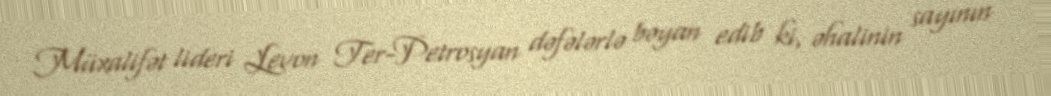
Müxalifət lideri Levon Ter-Petrosyan dəfələrlə bəyan edib ki, əhalinin sayının